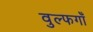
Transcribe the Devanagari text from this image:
वुल्फगाँ